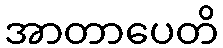
အာတာပေတိ